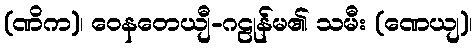
(ဏိက)၊ ဝေနတေယျီ-ဂဠုန်မ၏ သမီး (ဏေယျ)၊